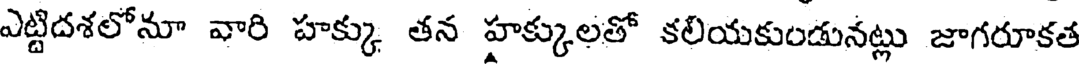
ఎట్టిదశలోనూ వారి హక్కు తన హక్కులతో కలియకుండునట్లు జాగరూకత